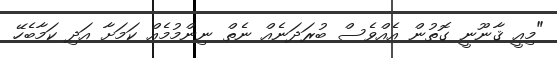
"މިއީ ޤާނޫނީ ގޮތުން އެއްވެސް ބުރަދަނެއް ނެތް ނިންމުމެއް ކަމަށާ އަދި ކަމާބެހޭ